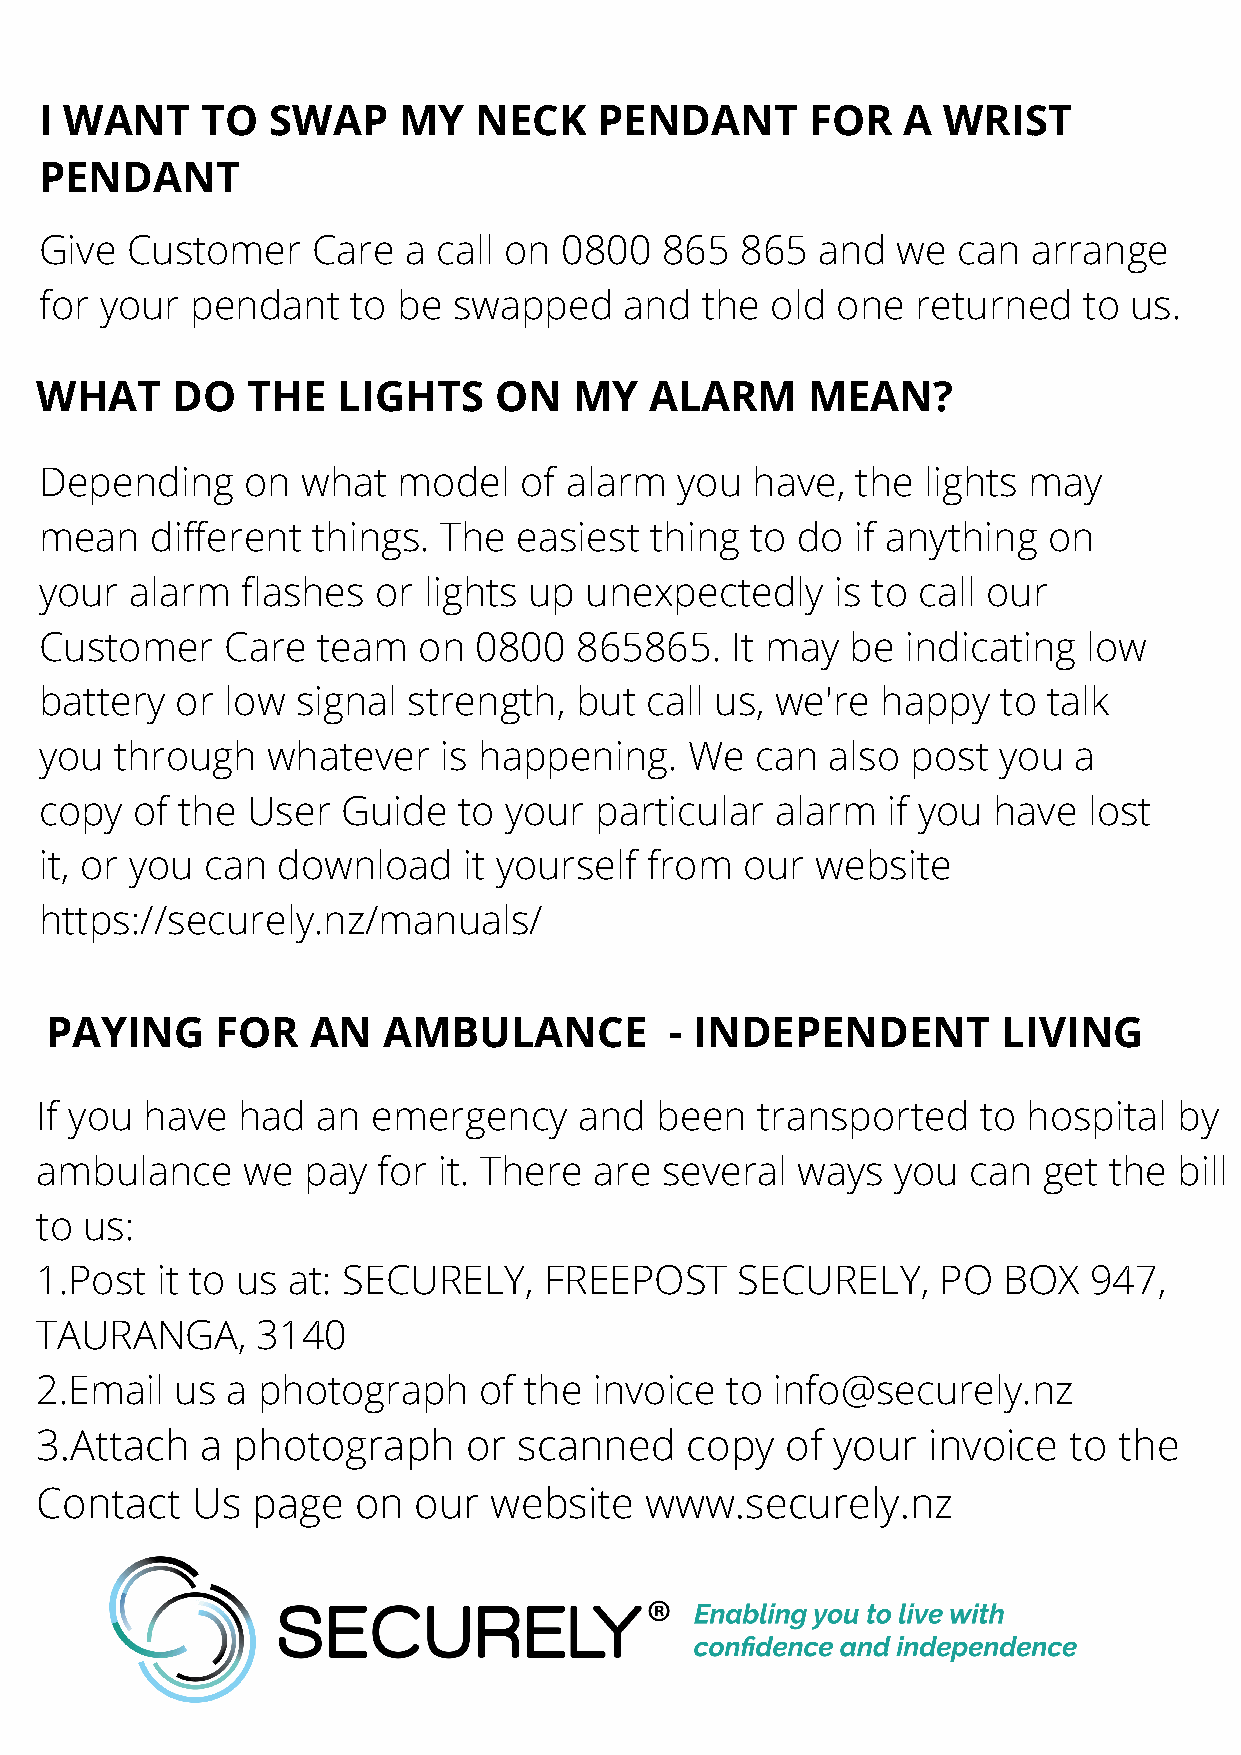
I WANT    TO   SWAP    MY   NECK     PENDANT       FOR   A WRIST
 PENDANT
 Give Customer     Care  a call on 0800   865  865  and  we  can  arrange
 for your  pendant   to be  swapped    and  the  old one   returned   to us.
 WHAT     DO   THE   LIGHTS     ON   MY   ALARM     MEAN?
 Depending    on  what  model   of alarm   you  have,  the lights may
 mean   different  things. The  easiest  thing  to do  if anything on
 your  alarm  flashes  or lights up  unexpectedly    is to call our
 Customer    Care  team   on 0800   865865.   It may  be  indicating  low
 battery  or low  signal strength,  but  call us, we're happy   to talk
 you  through   whatever   is happening.    We  can  also post  you  a
 copy  of the User   Guide  to your  particular  alarm   if you have  lost
 it, or you can download     it yourself from  our  website
 https://securely.nz/manuals/
 PAYING     FOR   AN   AMBULANCE          - INDEPENDENT         LIVING
 If you have   had  an  emergency    and  been   transported    to hospital  by
 ambulance     we  pay  for it. There are  several  ways  you  can  get the  bill
 to us:
 1.Post  it to us at: SECURELY,    FREEPOST     SECURELY,    PO  BOX   947,
 TAURANGA,      3140
 2.Email   us a photograph     of the invoice  to info@securely.nz
 3.Attach   a photograph      or scanned    copy   of your  invoice   to the
 Contact    Us  page  on  our  website    www.securely.nz